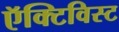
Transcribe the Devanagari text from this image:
ऍक्टिविस्ट